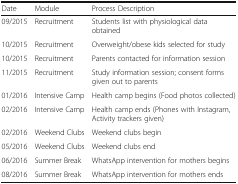
<table><thead><tr><td><b>Date</b></td><td><b>Module</b></td><td><b>Process Description</b></td></tr></thead><tbody><tr><td>09/2015</td><td>Recruitment</td><td>Students list with physiological data obtained</td></tr><tr><td>10/2015</td><td>Recruitment</td><td>Overweight/obese kids selected for study</td></tr><tr><td>10/2015</td><td>Recruitment</td><td>Parents contacted for information session</td></tr><tr><td>11/2015</td><td>Recruitment</td><td>Study information session; consent forms given out to parents</td></tr><tr><td>01/2016</td><td>Intensive Camp</td><td>Health camp begins (Food photos collected)</td></tr><tr><td>02/2016</td><td>Intensive Camp</td><td>Health camp ends (Phones with Instagram, Activity trackers given)</td></tr><tr><td>02/2016</td><td>Weekend Clubs</td><td>Weekend clubs begin</td></tr><tr><td>05/2016</td><td>Weekend Clubs</td><td>Weekend clubs end</td></tr><tr><td>06/2016</td><td>Summer Break</td><td>WhatsApp intervention for mothers begins</td></tr><tr><td>08/2016</td><td>Summer Break</td><td>WhatsApp intervention for mothers ends</td></tr></tbody></table>